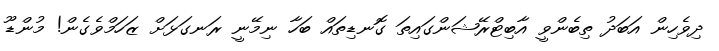
ދިވެހިން އަބަދު ތިބެންވީ އާބިޓްރޭޝަންގައިތަ ގޮނޑިތައް ބަހާ ނިމޭނީ ރަނގަޅަށް ޒަހަމްވެގެން! މުންޑޫ